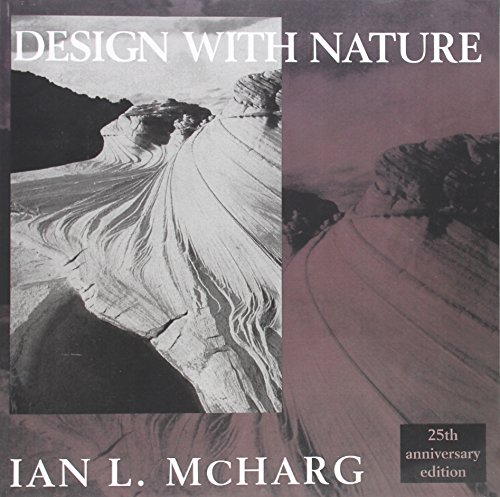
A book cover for Design with Nature; Ian L. McHarg; Arts & Photography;